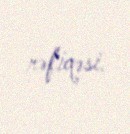
rəfiqəsi.